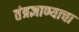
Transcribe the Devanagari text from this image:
तंत्रज्ञाण्याचा